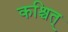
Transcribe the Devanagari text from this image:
कश्चित्‌